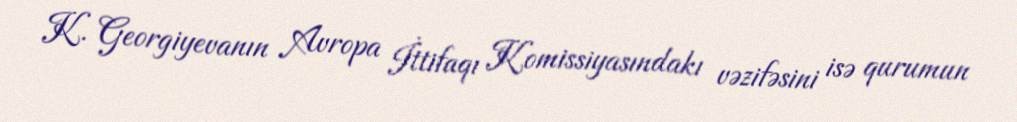
K. Georgiyevanın Avropa İttifaqı Komissiyasındakı vəzifəsini isə qurumun